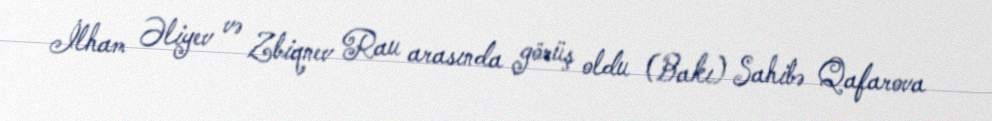
İlham Əliyev və Zbiqnev Rau arasında görüş oldu (Bakı) Sahibə Qafarova